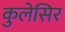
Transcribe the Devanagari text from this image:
कुलेसिर